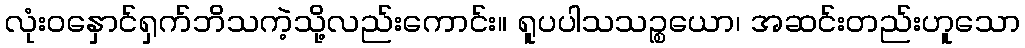
လုံးဝနှောင်ရှက်ဘိသကဲ့သို့လည်းကောင်း။ ရူပပါသသဉ္စယော၊ အဆင်းတည်းဟူသော